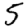
Digit: 5